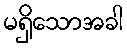
မရှိသောအခါ